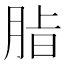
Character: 𮌖